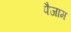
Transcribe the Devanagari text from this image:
पैजाम